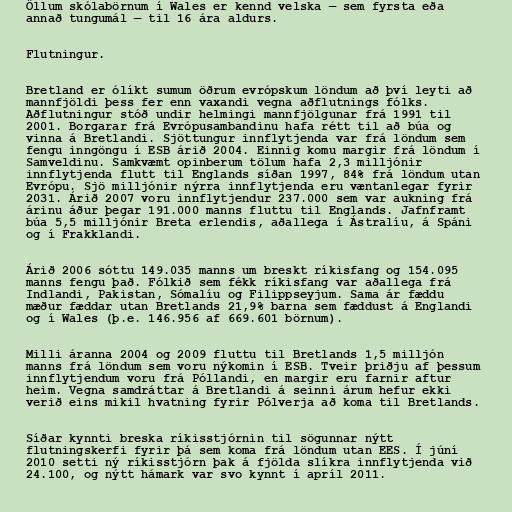
Öllum skólabörnum í Wales er kennd velska — sem fyrsta eða
annað tungumál — til 16 ára aldurs.

Flutningur.

Bretland er ólíkt sumum öðrum evrópskum löndum að því leyti að
mannfjöldi þess fer enn vaxandi vegna aðflutnings fólks.
Aðflutningur stóð undir helmingi mannfjölgunar frá 1991 til
2001. Borgarar frá Evrópusambandinu hafa rétt til að búa og
vinna á Bretlandi. Sjöttungur innflytjenda var frá löndum sem
fengu inngöngu í ESB árið 2004. Einnig komu margir frá löndum í
Samveldinu. Samkvæmt opinberum tölum hafa 2,3 milljónir
innflytjenda flutt til Englands síðan 1997, 84% frá löndum utan
Evrópu. Sjö milljónir nýrra innflytjenda eru væntanlegar fyrir
2031. Árið 2007 voru innflytjendur 237.000 sem var aukning frá
árinu áður þegar 191.000 manns fluttu til Englands. Jafnframt
búa 5,5 milljónir Breta erlendis, aðallega í Ástralíu, á Spáni
og í Frakklandi.

Árið 2006 sóttu 149.035 manns um breskt ríkisfang og 154.095
manns fengu það. Fólkið sem fékk ríkisfang var aðallega frá
Indlandi, Pakistan, Sómalíu og Filippseyjum. Sama ár fæddu
mæður fæddar utan Bretlands 21,9% barna sem fæddust á Englandi
og í Wales (þ.e. 146.956 af 669.601 börnum).

Milli áranna 2004 og 2009 fluttu til Bretlands 1,5 milljón
manns frá löndum sem voru nýkomin í ESB. Tveir þriðju af þessum
innflytjendum voru frá Póllandi, en margir eru farnir aftur
heim. Vegna samdráttar á Bretlandi á seinni árum hefur ekki
verið eins mikil hvatning fyrir Pólverja að koma til Bretlands.

Síðar kynnti breska ríkisstjórnin til sögunnar nýtt
flutningskerfi fyrir þá sem koma frá löndum utan EES. Í júní
2010 setti ný ríkisstjórn þak á fjölda slíkra innflytjenda við
24.100, og nýtt hámark var svo kynnt í apríl 2011.